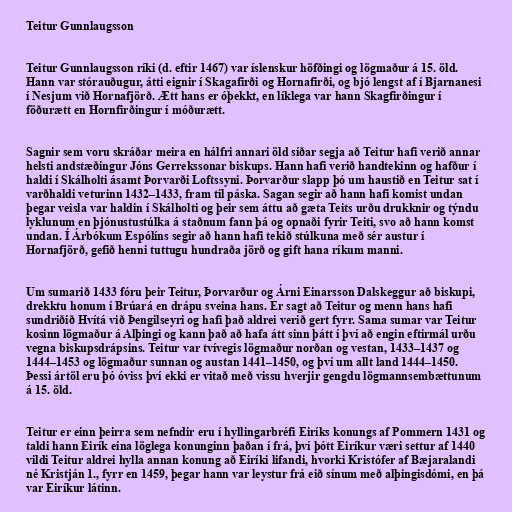
Teitur Gunnlaugsson

Teitur Gunnlaugsson ríki (d. eftir 1467) var íslenskur höfðingi og lögmaður á 15. öld.
Hann var stórauðugur, átti eignir í Skagafirði og Hornafirði, og bjó lengst af í Bjarnanesi
í Nesjum við Hornafjörð. Ætt hans er óþekkt, en líklega var hann Skagfirðingur í
föðurætt en Hornfirðingur í móðurætt.

Sagnir sem voru skráðar meira en hálfri annari öld síðar segja að Teitur hafi verið annar
helsti andstæðingur Jóns Gerrekssonar biskups. Hann hafi verið handtekinn og hafður í
haldi í Skálholti ásamt Þorvarði Loftssyni. Þorvarður slapp þó um haustið en Teitur sat í
varðhaldi veturinn 1432–1433, fram til páska. Sagan segir að hann hafi komist undan
þegar veisla var haldin í Skálholti og þeir sem áttu að gæta Teits urðu drukknir og týndu
lyklunum en þjónustustúlka á staðnum fann þá og opnaði fyrir Teiti, svo að hann komst
undan. Í Árbókum Espólíns segir að hann hafi tekið stúlkuna með sér austur í
Hornafjörð, gefið henni tuttugu hundraða jörð og gift hana ríkum manni.

Um sumarið 1433 fóru þeir Teitur, Þorvarður og Árni Einarsson Dalskeggur að biskupi,
drekktu honum í Brúará en drápu sveina hans. Er sagt að Teitur og menn hans hafi
sundriðið Hvítá við Þengilseyri og hafi það aldrei verið gert fyrr. Sama sumar var Teitur
kosinn lögmaður á Alþingi og kann það að hafa átt sinn þátt í því að engin eftirmál urðu
vegna biskupsdrápsins. Teitur var tvívegis lögmaður norðan og vestan, 1433–1437 og
1444–1453 og lögmaður sunnan og austan 1441–1450, og því um allt land 1444–1450.
Þessi ártöl eru þó óviss því ekki er vitað með vissu hverjir gengdu lögmannsembættunum
á 15. öld.

Teitur er einn þeirra sem nefndir eru í hyllingarbréfi Eiríks konungs af Pommern 1431 og
taldi hann Eirík eina löglega konunginn þaðan í frá, því þótt Eiríkur væri settur af 1440
vildi Teitur aldrei hylla annan konung að Eiríki lifandi, hvorki Kristófer af Bæjaralandi
né Kristján 1., fyrr en 1459, þegar hann var leystur frá eið sínum með alþingisdómi, en þá
var Eiríkur látinn.